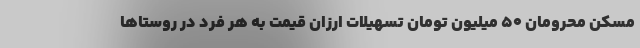
مسکن محرومان ۵۰ میلیون تومان تسهیلات ارزان قیمت به هر فرد در روستاها